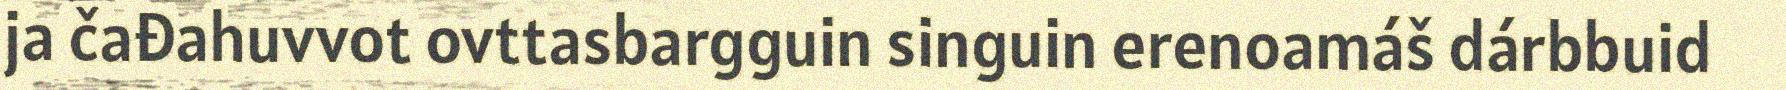
ja čađahuvvot ovttasbargguin singuin erenoamáš dárbbuid